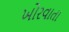
ખોરવાતા